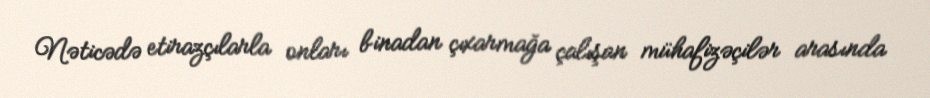
Nəticədə etirazçılarla onları binadan çıxarmağa çalışan mühafizəçilər arasında